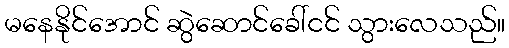
မနေနိုင်အောင် ဆွဲဆောင်ခေါ်ငင် သွားလေသည်။